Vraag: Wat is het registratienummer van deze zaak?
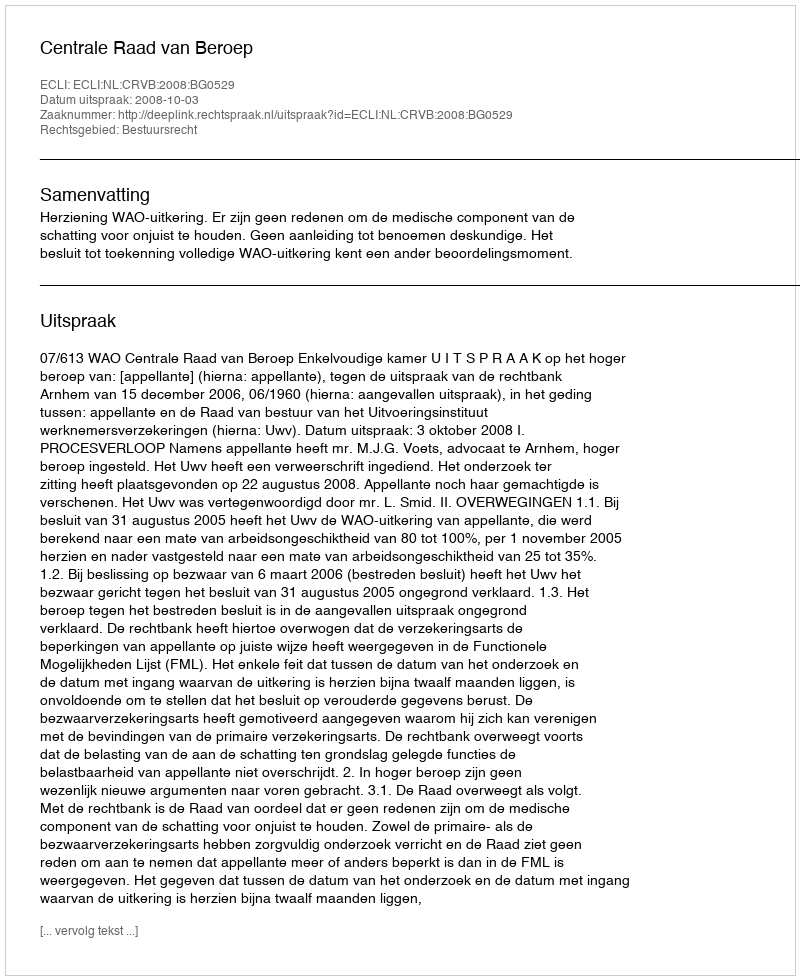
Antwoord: http://deeplink.rechtspraak.nl/uitspraak?id=ECLI:NL:CRVB:2008:BG0529